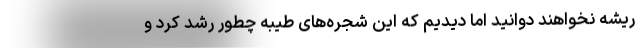
ریشه نخواهند دوانید اما دیدیم که این شجره‌های طیبه چطور رشد کرد و